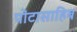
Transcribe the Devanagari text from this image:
पोंटासाहिब